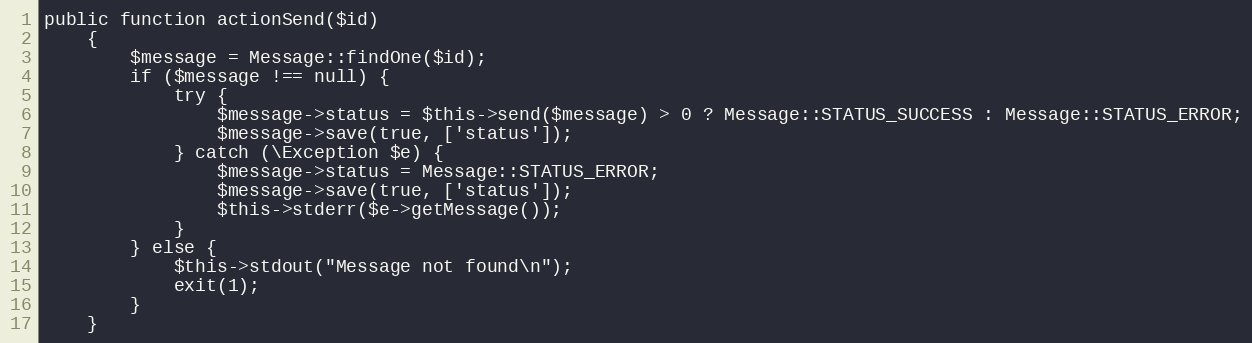
Language: PHP
public function actionSend($id)
    {
        $message = Message::findOne($id);
        if ($message !== null) {
            try {
                $message->status = $this->send($message) > 0 ? Message::STATUS_SUCCESS : Message::STATUS_ERROR;
                $message->save(true, ['status']);
            } catch (\Exception $e) {
                $message->status = Message::STATUS_ERROR;
                $message->save(true, ['status']);
                $this->stderr($e->getMessage());
            }
        } else {
            $this->stdout("Message not found\n");
            exit(1);
        }
    }